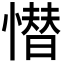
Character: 𢡚